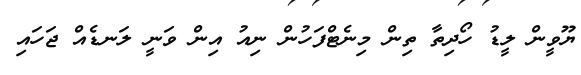
ޔޫވީން ލީޑު ހޯދިތާ ތިން މިނެޓްފަހުން ނިއު އިން ވަނީ ލަނޑެއް ޖަހައި